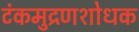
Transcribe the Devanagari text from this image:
टंकमुद्रणशोधक